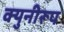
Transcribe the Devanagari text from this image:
क्युनीरूप